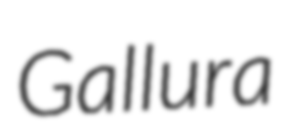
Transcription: Gallura